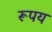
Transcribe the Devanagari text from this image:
रूपय